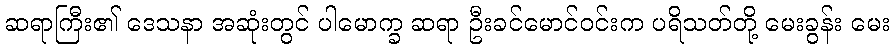
ဆရာကြီး၏ ဒေသနာ အဆုံးတွင် ပါမောက္ခ ဆရာ ဦးခင်မောင်ဝင်းက ပရိသတ်တို့ မေးခွန်း မေး